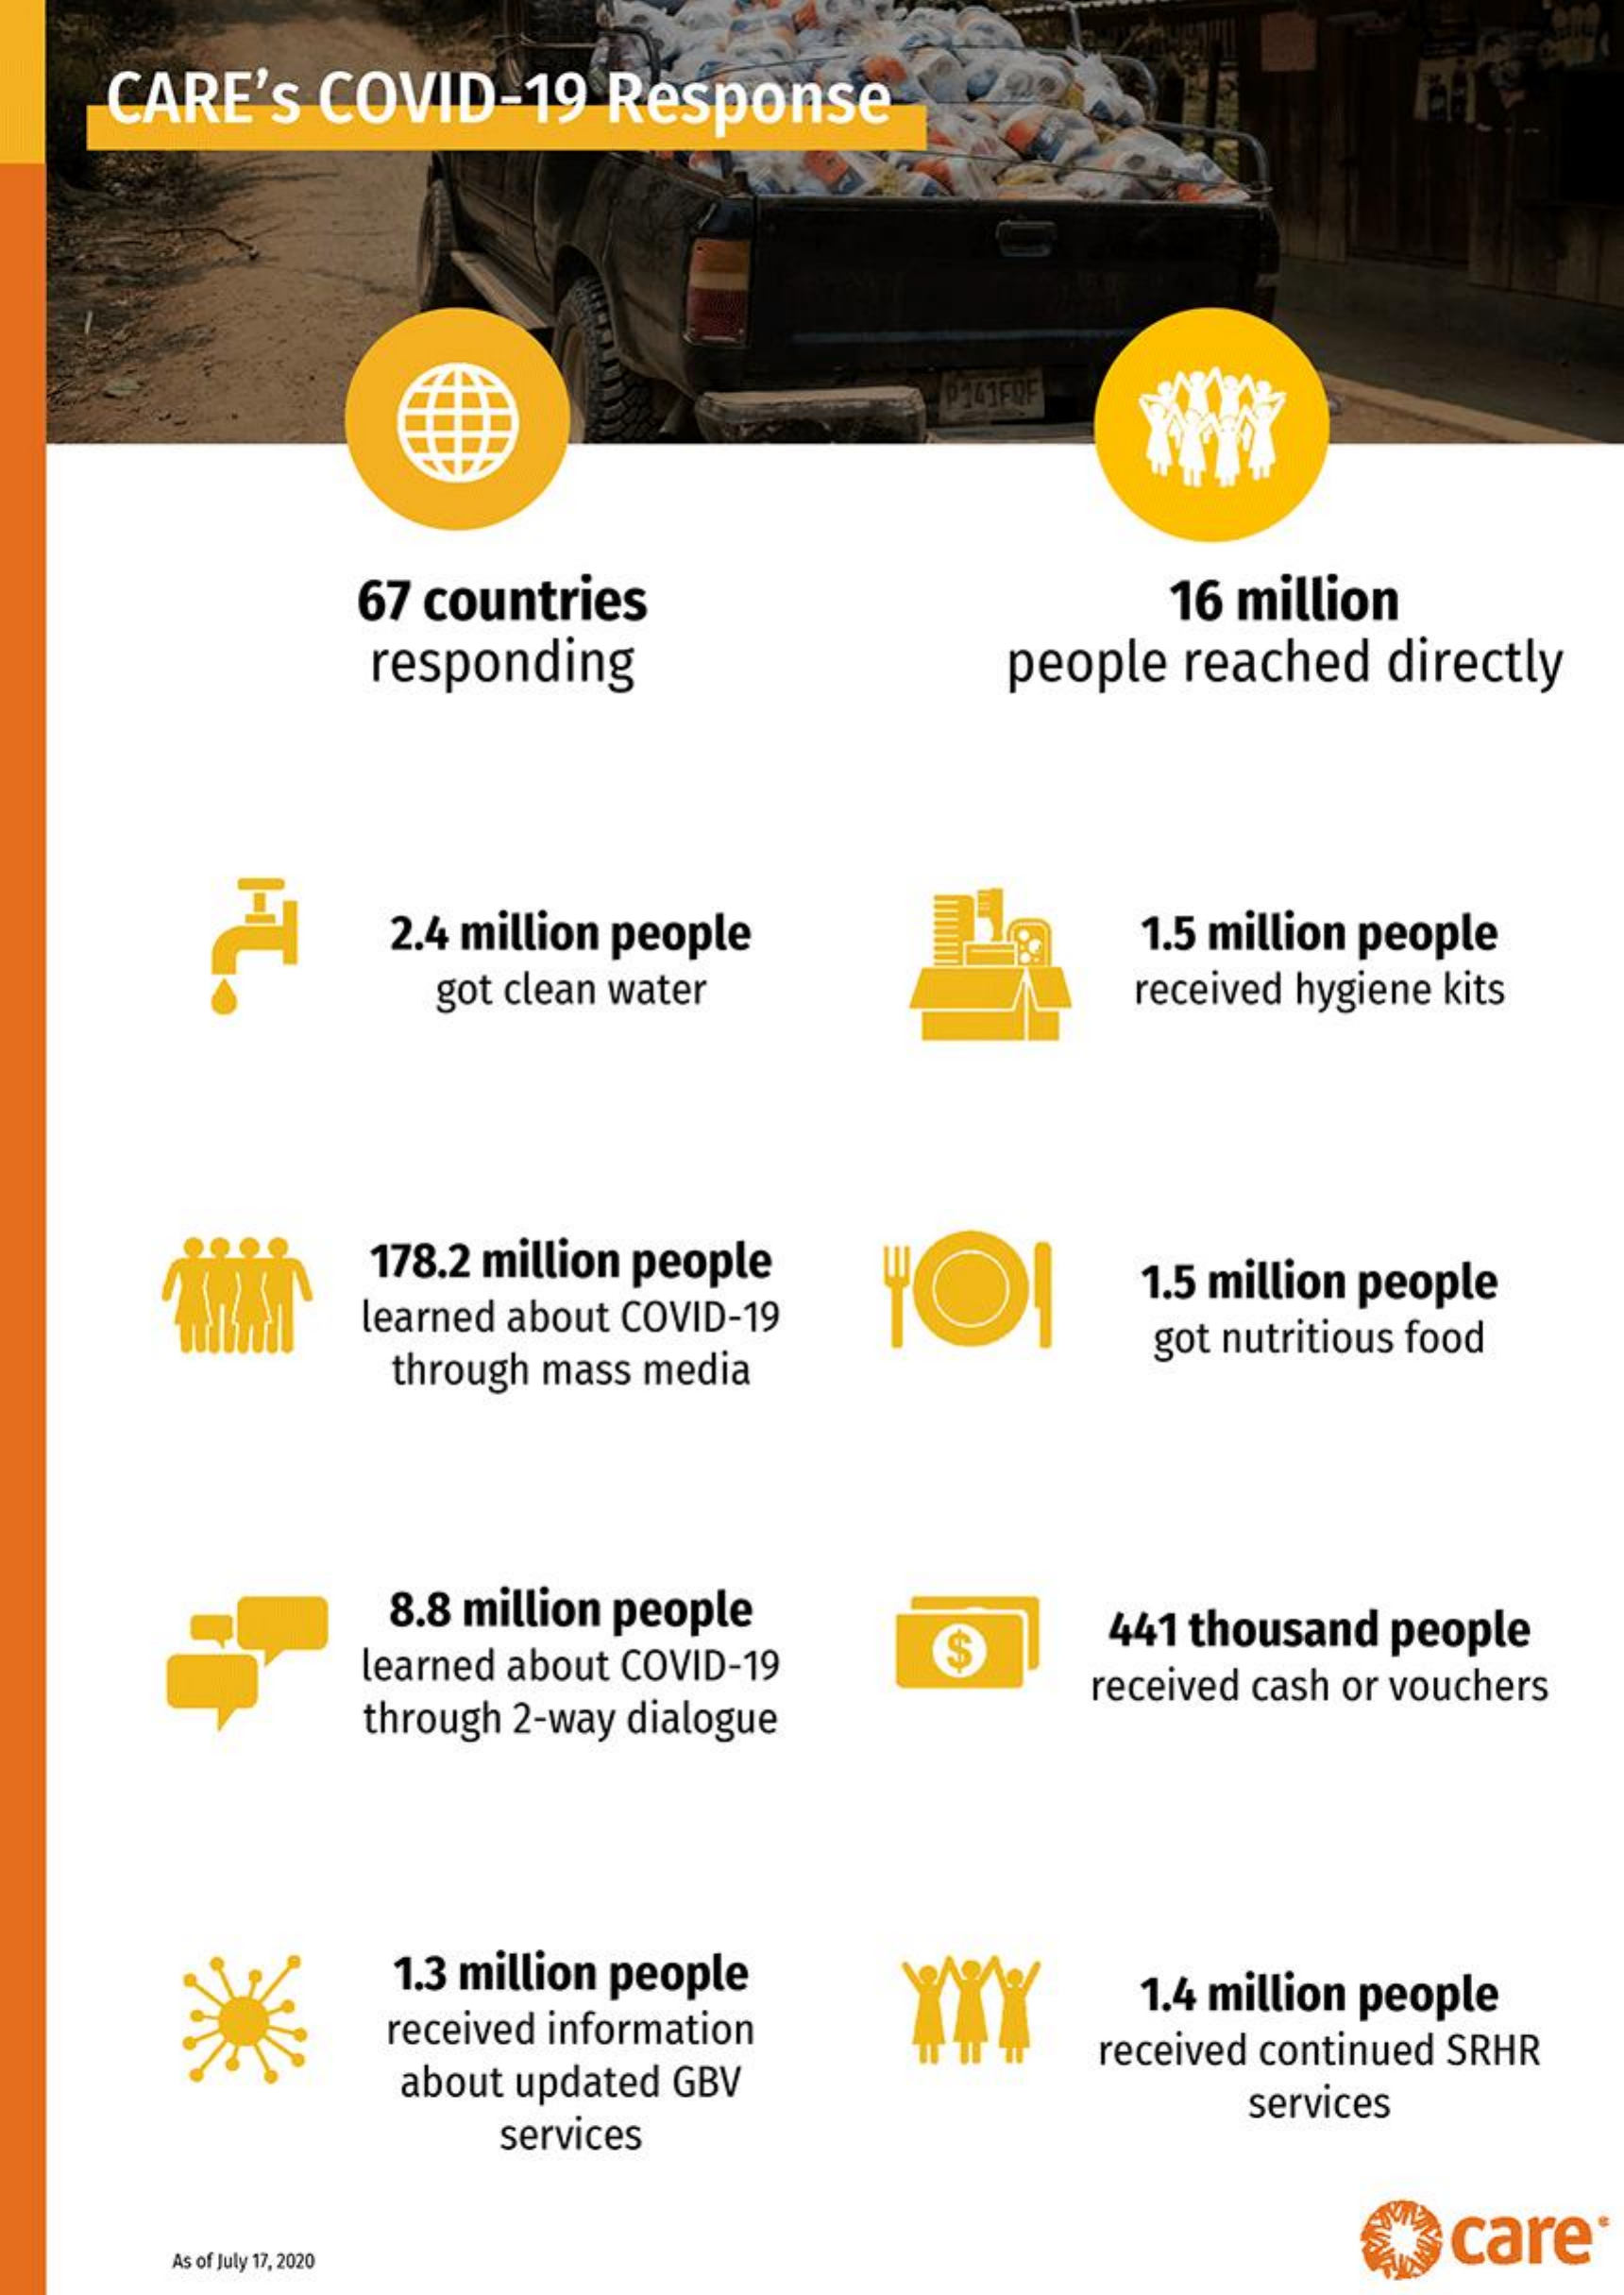
ARE'S COVID-19 Response
     P141FRF
     67 countries    16 million
     responding    people reached directly
     2.4 million people    1.5 million people
     got clean water    received hygiene kits
     178.2 million people
     YOI
     learned about COVID-19
     1.5 million people
     through mass media
     got nutritious food
     8.8 million people
     learned about COVID-19 $ 441 thousand people
     through 2-way dialogue
     received cash or vouchers
     1.3 million people
     received information
     1.4 million people
     about updated GBV
     received continued SRHR
     services
     services
     care
     As of July 17, 2020